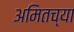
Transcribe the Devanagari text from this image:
अमितच्या